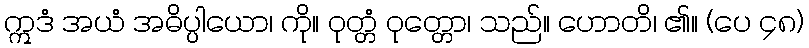
ဣဒံ အယံ အဓိပ္ပါယော၊ ကို။ ဝုတ္တံ ဝုတ္တော၊ သည်။ ဟောတိ၊ ၏။ (ပေ ၄၈)